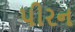
પીરન